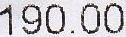
190.00